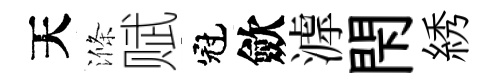
天滌赋冠歛滹閇綉